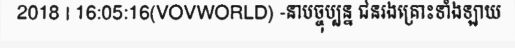
2018 | 16:05:16(VOVWORLD) -នាបច្ចុប្បន្ន ជនរងគ្រោះទាំងឡាយ